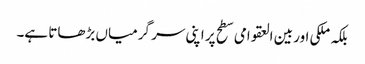
بلکہ ملکی اور بین العقوامی سطح پر اپنی سر گرمیاں بڑھاتا ہے۔